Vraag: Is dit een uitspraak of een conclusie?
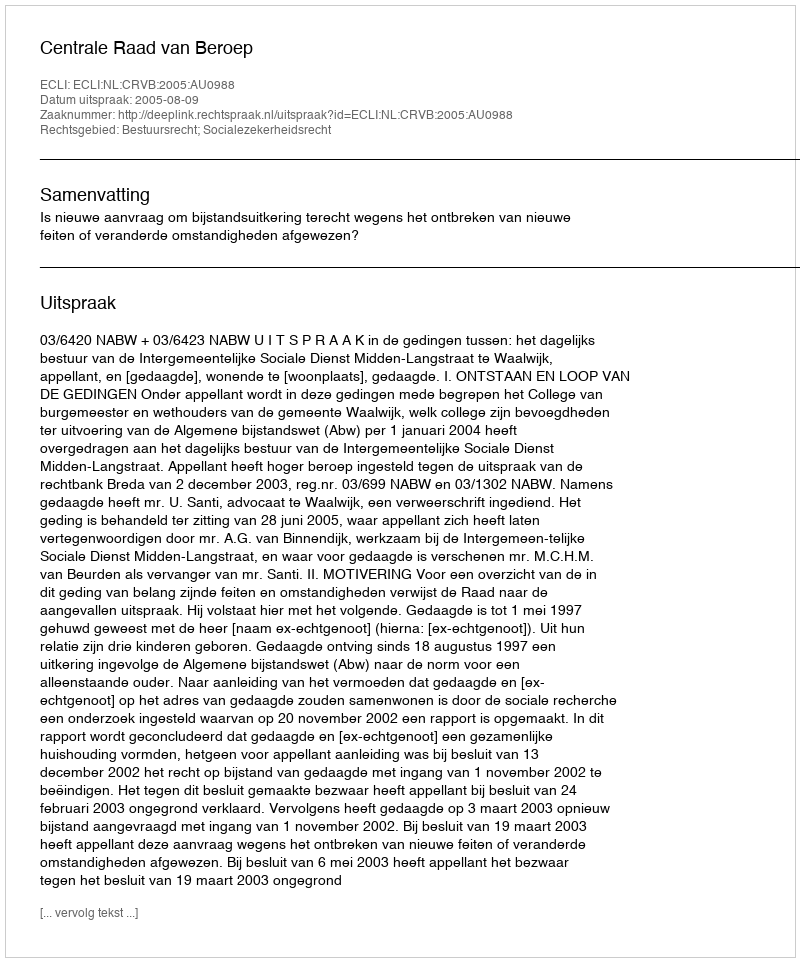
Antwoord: Uitspraak